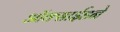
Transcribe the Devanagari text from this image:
ऑक्साईडने